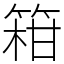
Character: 䈤